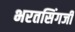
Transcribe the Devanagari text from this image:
भरतसिंगजी